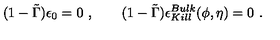
( 1 - \tilde { \Gamma } ) \epsilon _ { 0 } = 0 \ , \qquad ( 1 - \tilde { \Gamma } ) \epsilon _ { K i l l } ^ { B u l k } ( \phi , \eta ) = 0 \ .